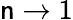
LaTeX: \mathsf{n}\rightarrow1